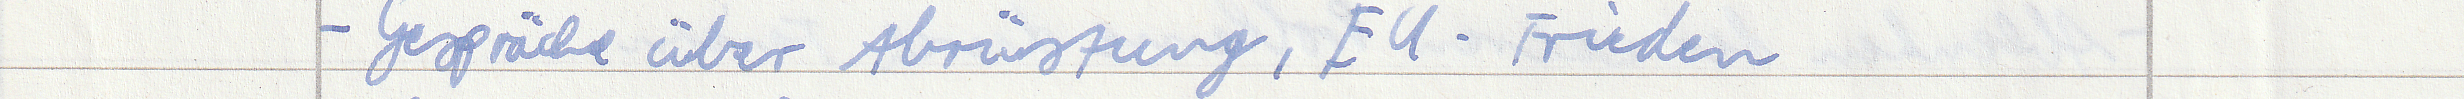
- Gespräche über Abrüstung, EU-Frieden